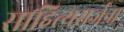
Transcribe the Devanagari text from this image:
साहित्यसर्जना